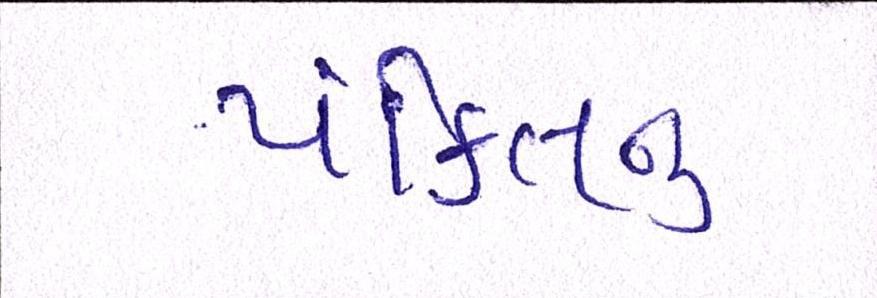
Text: પંક્તિનું